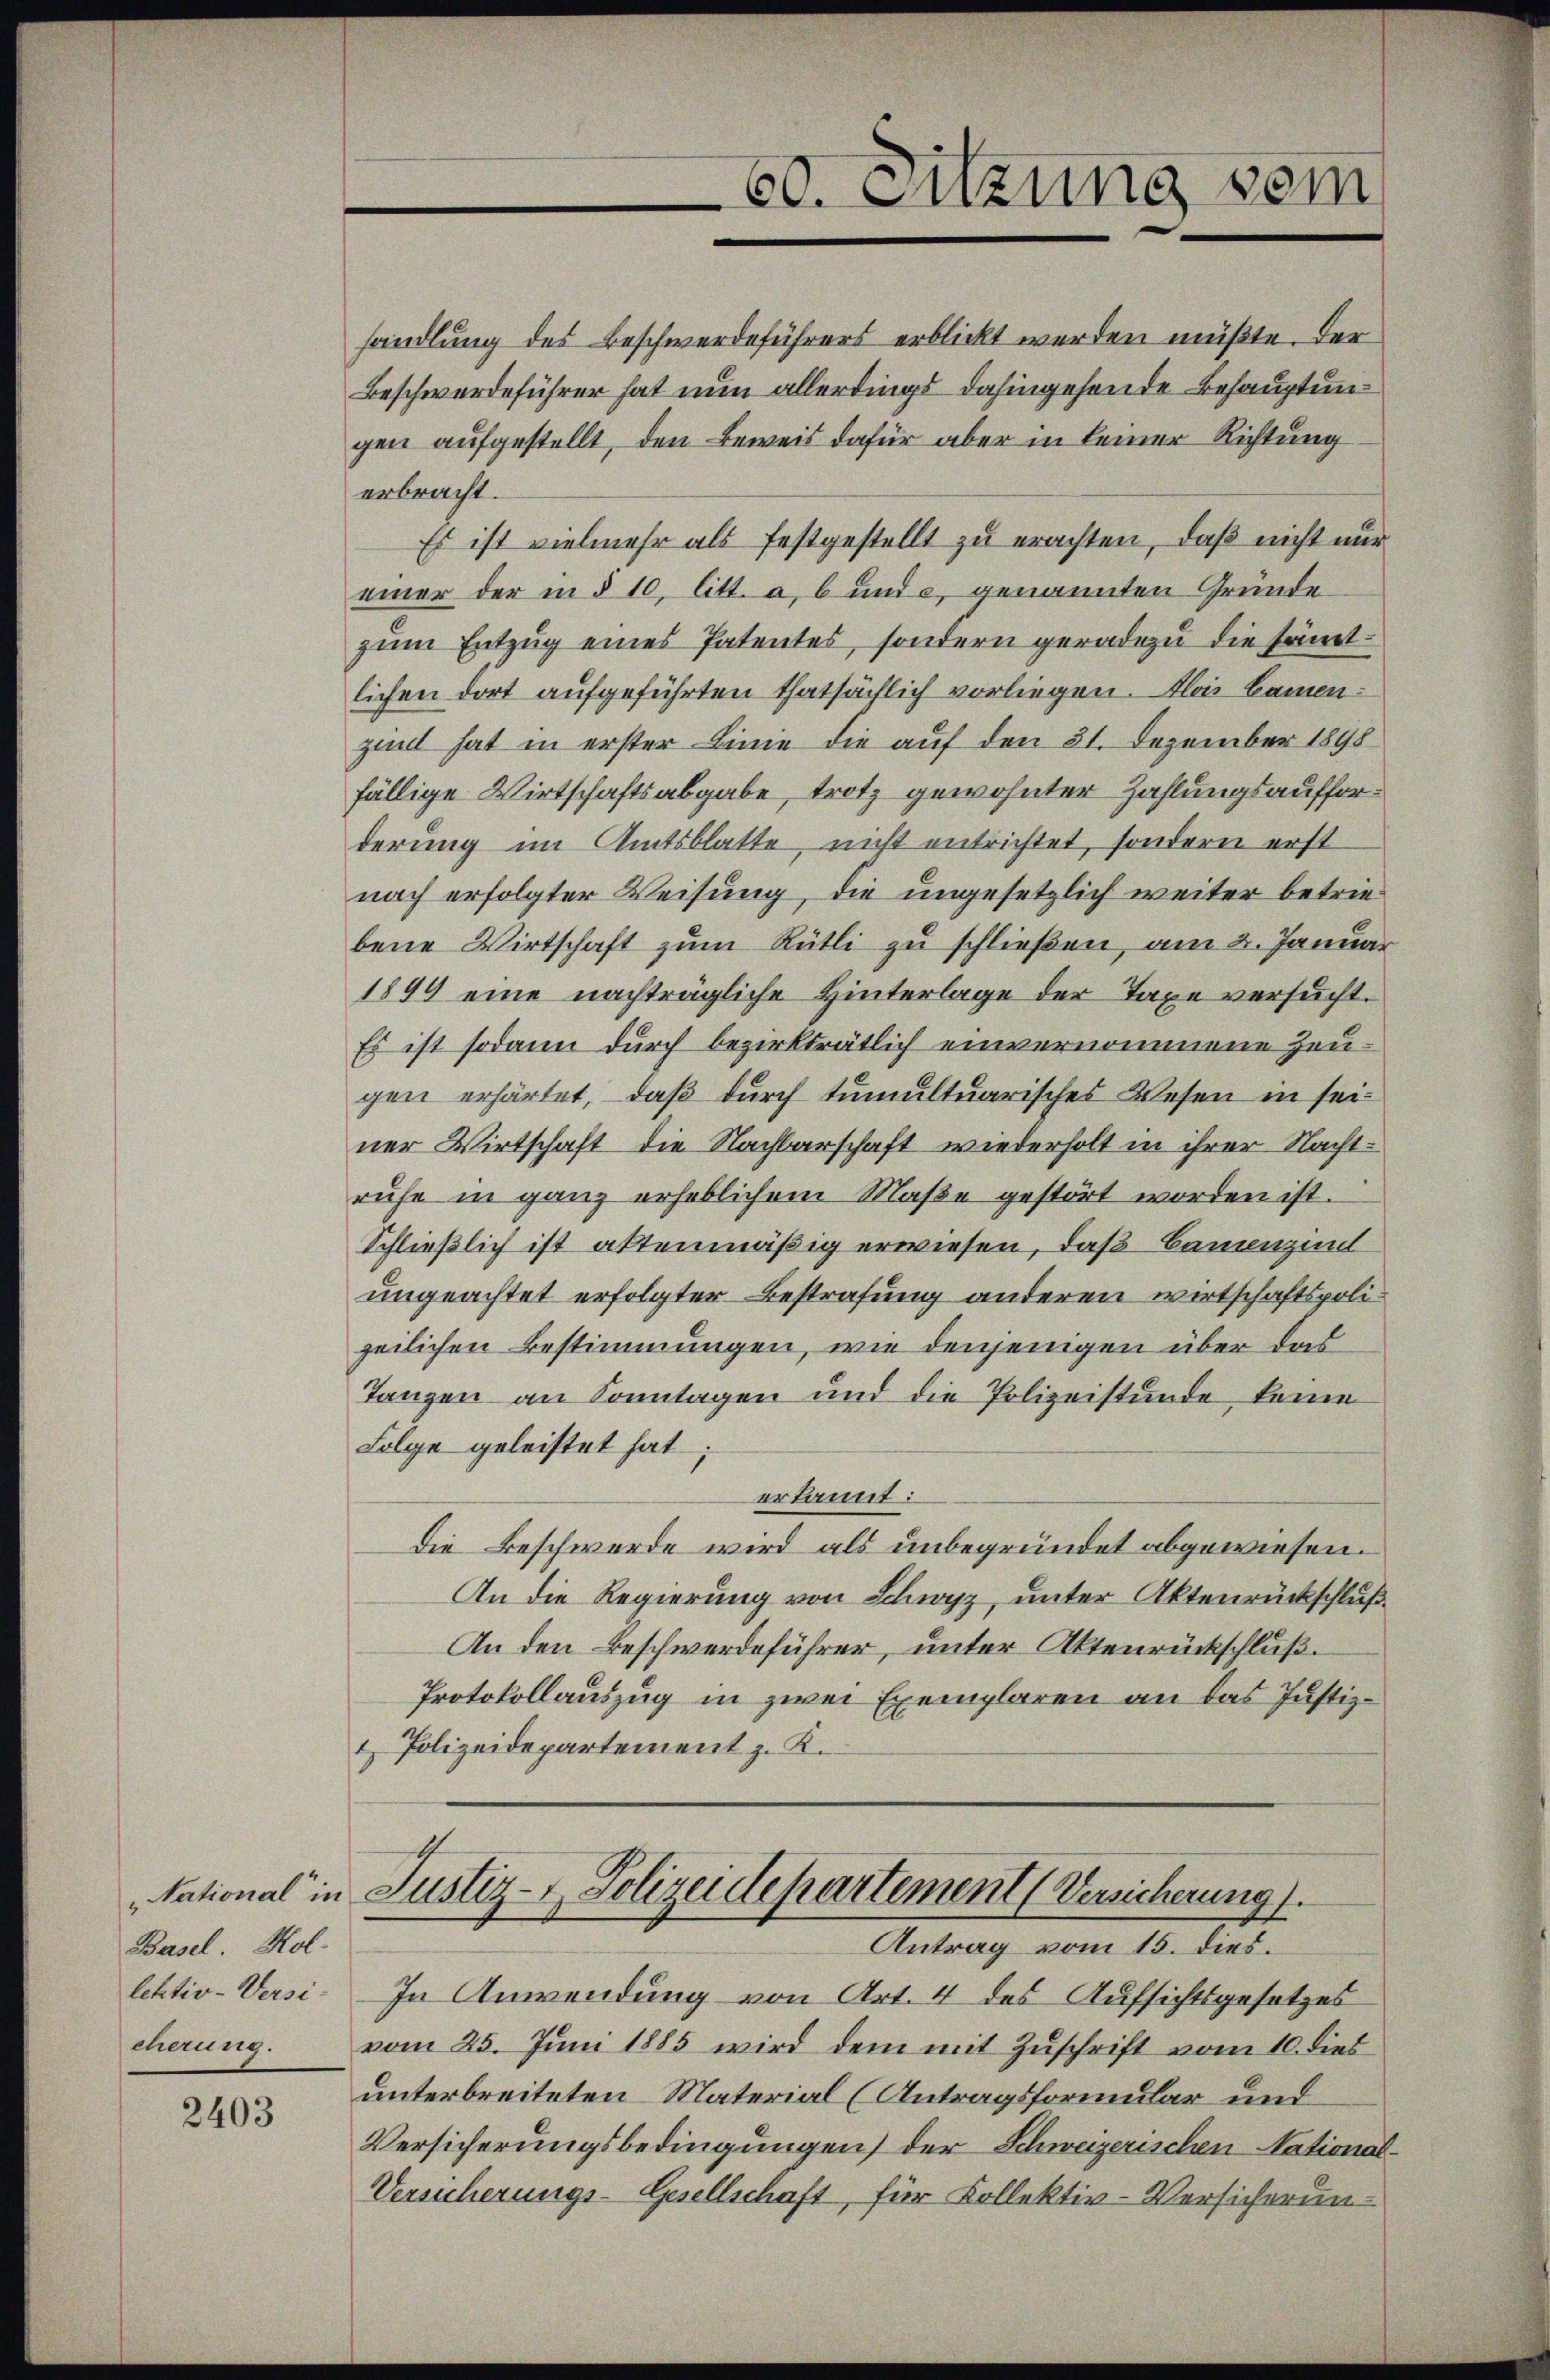
Basel. Kol-
lektiv-Versicherung.

2403

60. Sitzung sein

handlung des Beschwerdeführers erblickt werden müßte. Der
Beschwerdeführer hat nun allerdings dahingehende Behauptungen aufgestellt, den Beweis dafür aber in keiner Richtung
erbracht.
Es ist vielmehr als festgestellt zu erachten, daß nicht nur
einer der in § 10, litt. a, b und c genannten Gründe
zum Entzug eines Patentes, sondern geradezu die sämtlichen dort aufgeführten thatsächlich vorliegen. Alois kamenzind hat in erster Linie die auf den 31. Dezember 1898
fällige Wirtschaftsabgabe, trotz gewohnter Zahlungsaufforderung im Amtsblatte, nicht entrichtet, sondern erst
nach erfolgter Weisung, die ungesetzlich weiter betriebene Wirtschaft zum Rütli zu schließen, am 2. Januar
1894 eine nachträgliche Hinterlage der Taxe versucht.
Es ist sodann durch bezirksrätlich einvernommene Zeugen erhärtet, daß durch tumultuarisches Wesen in seiner Wirtschaft die Nachbarschaft wiederholt in ihrer Nachtrufe in ganz erheblichem Maße gestört worden ist.
Schließlich ist attenmäßig erwiesen, daß Bamenzim
ungeachtet erfolgter Bestrafung anderen wirtschaftspolizeilichen Bestimmungen, wie denjenigen über das
Tanzen an Sonntagen und die Polizeistunde keine
Folge geleistet hat
erkannt:
Die Beschwerde wird als unbegründet abgewiesen.
An die Regierung von Schwyz, unter Aktenrückschluß
An den Beschwerdeführer, unter Aktenrückschluß.
Protokollauszug in zwei Exemplaren an das Justiz¬
& Polizeidepartement z. K.

National in Justiz- & Polizeidepartement (Versicherung).
Antrag vom 15. dies.

In Anwendung von Art. 4 des Aufsichtsgesetzes
vom 25. Juni 1885 wird dem mit Zuschrift vom 10. dies
unterbreiteten Material (Antragsformular und
Versicherungsbedingungen der Schweizerischen National¬
Versicherungs-Gesellschaft, für Kollektiv-Versicherun¬